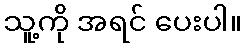
သူ့ကို အရင် ပေးပါ။